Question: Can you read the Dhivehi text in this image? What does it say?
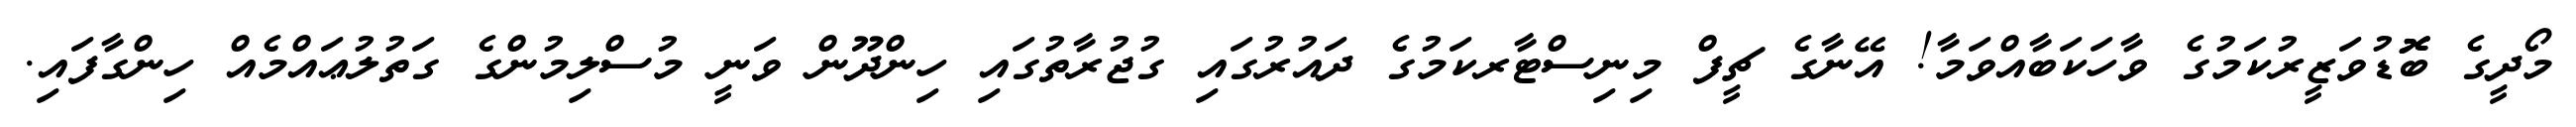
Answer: މޯދީގެ ބޮޮޑުވަޒީރުކަމުގެ ވާހަކަބާއްވަމާ! އޭނާގެ ޗީފް މިނިސްޓާރކަމުގެ ދައުރުގައި ގުޖުރާތުގައި ހިންދޫން ވަނީ މުސްލިމުންގެ ގަތުލުޢައްމެއް ހިންގާފައި.